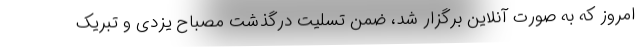
امروز که به صورت آنلاین برگزار شد، ضمن تسلیت درگذشت مصباح یزدی و تبریک